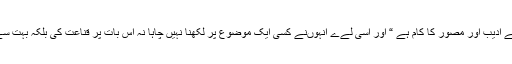
میں بھی اِس خیال سے متفق ہوں کہ ” معاشرے کو صحیح راہ پر لانا آج کے ادیب اور مصور کا کام ہے “ اور اسی لےے انہوںنے کسی ایک موضوع پر لکھنا نہیں چاہا نہ اِس بات پر قناعت کی بلکہ بہت سے موضوعات پر لکھنا چاہا تاکہ یہ سب مستقبل کے ادیبوں کے کام آسکے۔